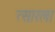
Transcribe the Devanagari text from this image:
त्सारला